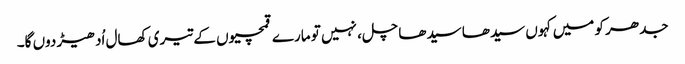
جدھر کو میں کہوں سیدھا سیدھا چل، نہیں تو مارے قمچیوں کے تیری کھال اُدھیڑ دوں گا۔